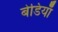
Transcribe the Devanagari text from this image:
बेडियाँ